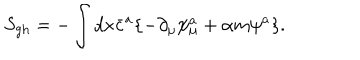
S _ { \mathrm { g h } } = - \int d x \bar { c } ^ { a } \{ - \partial _ { \mu } \psi _ { \mu } ^ { a } + \alpha m \psi ^ { a } \} .